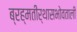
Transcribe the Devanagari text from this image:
ब्रह्मतीर्थासभोवताली